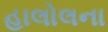
હાલોલના